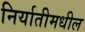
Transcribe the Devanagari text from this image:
निर्यातीमधील